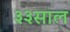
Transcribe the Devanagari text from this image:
३३साल